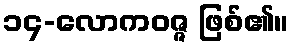
၁၄-လောကဝဇ္ဇ ဖြစ်၏။